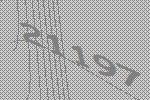
21197